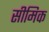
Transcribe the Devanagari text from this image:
सीमिक